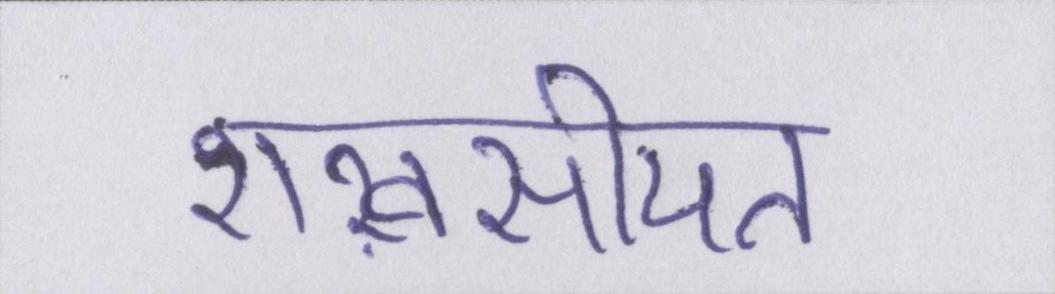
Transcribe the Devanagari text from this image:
शख़सीयत